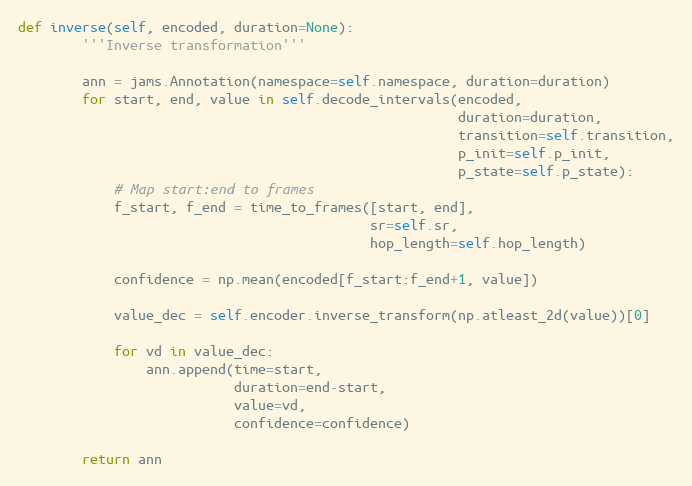
Language: Python
def inverse(self, encoded, duration=None):
        '''Inverse transformation'''

        ann = jams.Annotation(namespace=self.namespace, duration=duration)
        for start, end, value in self.decode_intervals(encoded,
                                                       duration=duration,
                                                       transition=self.transition,
                                                       p_init=self.p_init,
                                                       p_state=self.p_state):
            # Map start:end to frames
            f_start, f_end = time_to_frames([start, end],
                                            sr=self.sr,
                                            hop_length=self.hop_length)

            confidence = np.mean(encoded[f_start:f_end+1, value])

            value_dec = self.encoder.inverse_transform(np.atleast_2d(value))[0]

            for vd in value_dec:
                ann.append(time=start,
                           duration=end-start,
                           value=vd,
                           confidence=confidence)

        return ann